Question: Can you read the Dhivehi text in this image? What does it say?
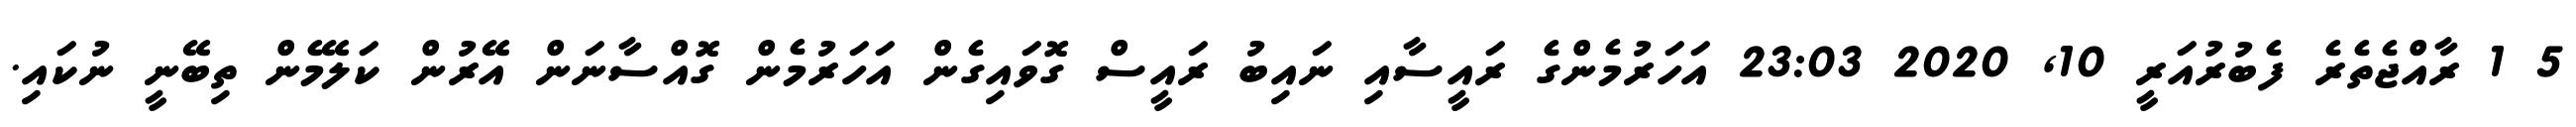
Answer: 5 1 ރާއްޖެތެރެ ފެބުރުއަރީ 10, 2020 23:03 އަހަރުމެންގެ ރައީސާއި ނައިބު ރައީސް ގޮވައިގެން އަހަރުމެން ގޮއްސާނަން އޭރުން ކަލޭމެން ތިބޭނީ ނުކައި.